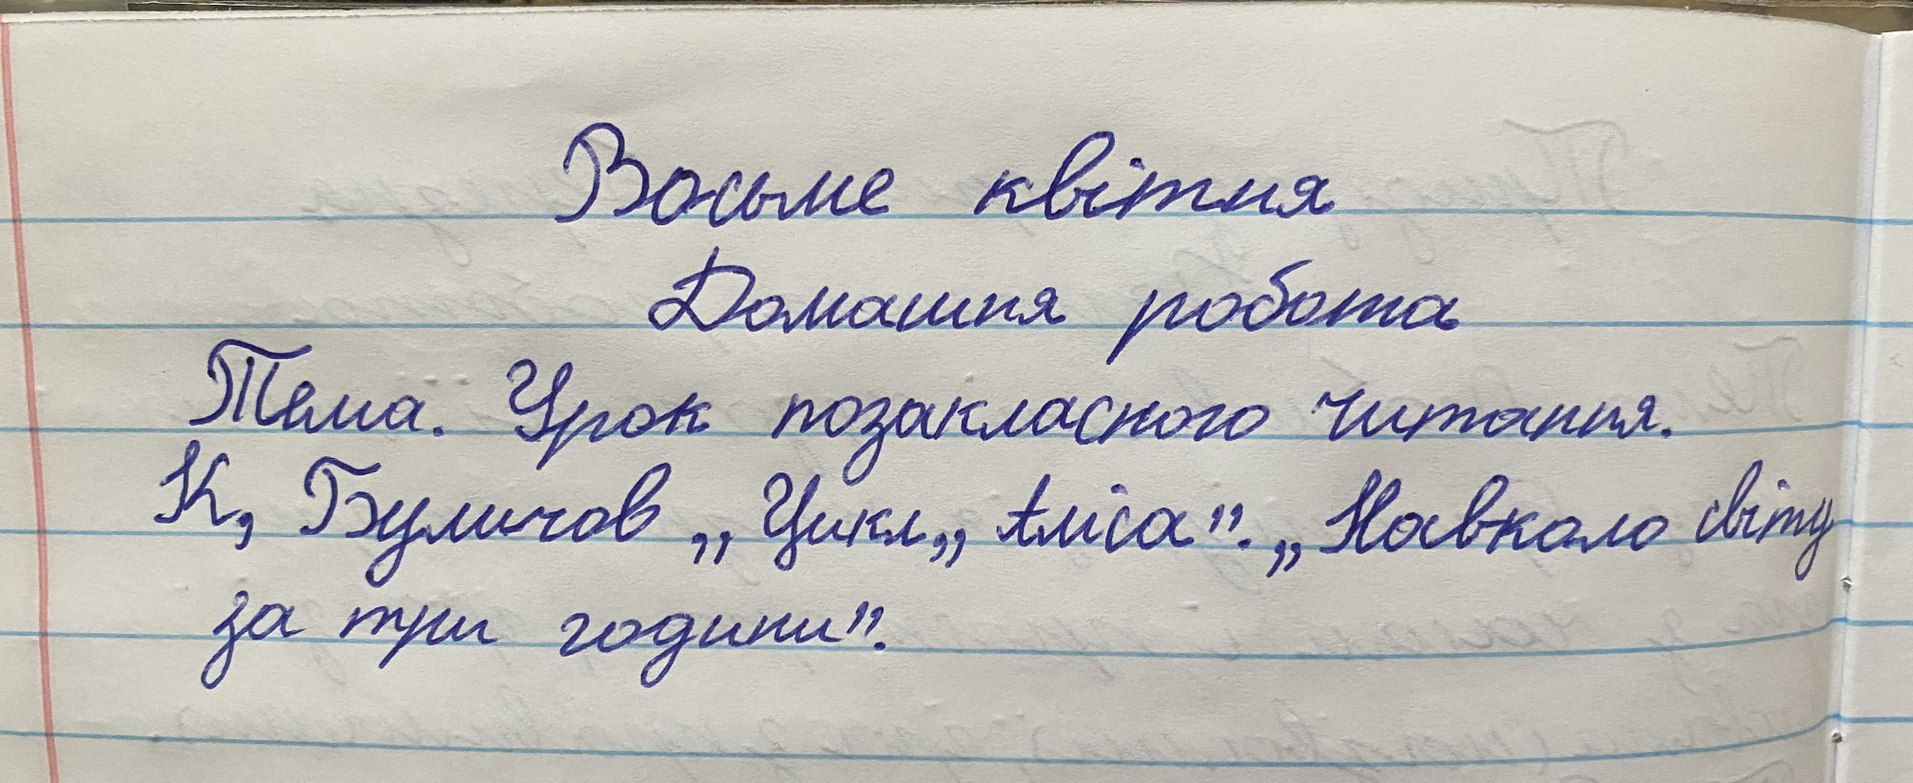
Восьме квітня
Домашня робота
Тема: Урок позакласного читання.
К, Буличов „Цикл „Аліса“. „Навколо світу“
за три години".